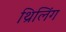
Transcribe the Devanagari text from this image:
थ्रिलिंग